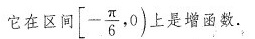
它在区间 [ - \frac{π}{6},0) 上是增函数。